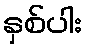
နှစ်ပါး